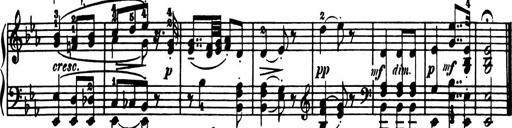
Title: Sonatina in G major
Composer: Friedrich Kuhlau
Key: G major